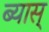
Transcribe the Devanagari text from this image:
ब्यास्